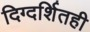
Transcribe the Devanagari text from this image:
दिग्दर्शितही